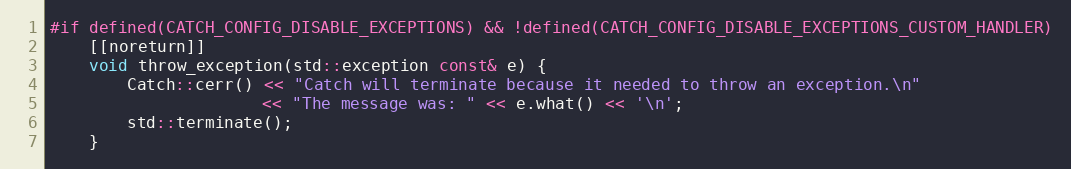
Language: C++
#if defined(CATCH_CONFIG_DISABLE_EXCEPTIONS) && !defined(CATCH_CONFIG_DISABLE_EXCEPTIONS_CUSTOM_HANDLER)
    [[noreturn]]
    void throw_exception(std::exception const& e) {
        Catch::cerr() << "Catch will terminate because it needed to throw an exception.\n"
                      << "The message was: " << e.what() << '\n';
        std::terminate();
    }